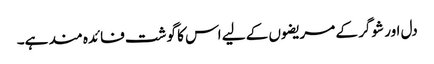
دل اور شوگر کے مریضوں کے لیے اس کا گوشت فائدہ مند ہے۔